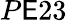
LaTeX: P\mathsf{E}23